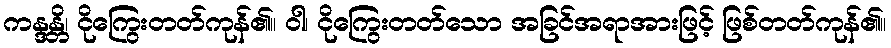
ကန္ဒန္တိ၊ ငိုကြွေးတတ်ကုန်၏။ ဝါ၊ ငိုကြွေးတတ်သော အခြင်အရာအားဖြင့် ဖြစ်တတ်ကုန်၏။